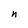
Character: n